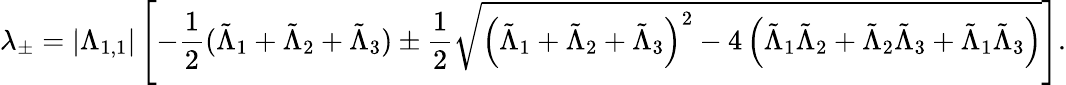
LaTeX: \lambda_{\pm}=\left|\Lambda_{1,1}\right|\left[-\frac{1}{2}(\tilde{\Lambda}_{1}+\tilde{\Lambda}_{2}+\tilde{\Lambda}_{3})\pm\frac{1}{2}\sqrt{\left(\tilde{\Lambda}_{1}+\tilde{\Lambda}_{2}+\tilde{\Lambda}_{3}\right)^{2}-4\left(\tilde{\Lambda}_{1}\tilde{\Lambda}_{2}+\tilde{\Lambda}_{2}\tilde{\Lambda}_{3}+\tilde{\Lambda}_{1}\tilde{\Lambda}_{3}\right)}\right].